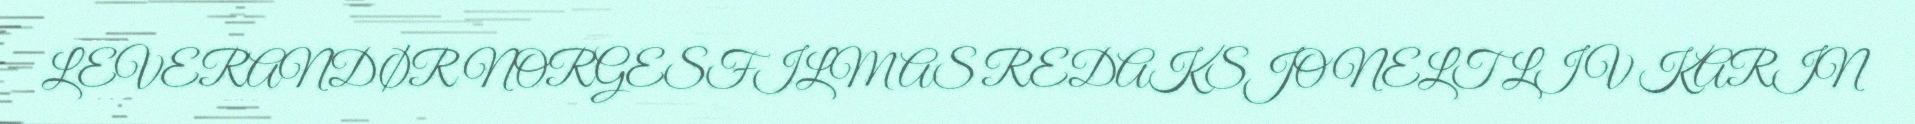
LEVERANDØR NORGESFILM AS REDAKSJONELT LIV KARIN